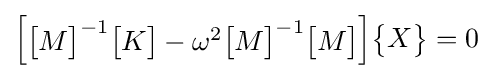
{\begin{bmatrix}{\begin{bmatrix}M\end{bmatrix}}^{-1}{\begin{bmatrix}K\end{bmatrix}}-\omega ^{2}{\begin{bmatrix}M\end{bmatrix}}^{-1}{\begin{bmatrix}M\end{bmatrix}}\end{bmatrix}}{\begin{Bmatrix}X\end{Bmatrix}}=0